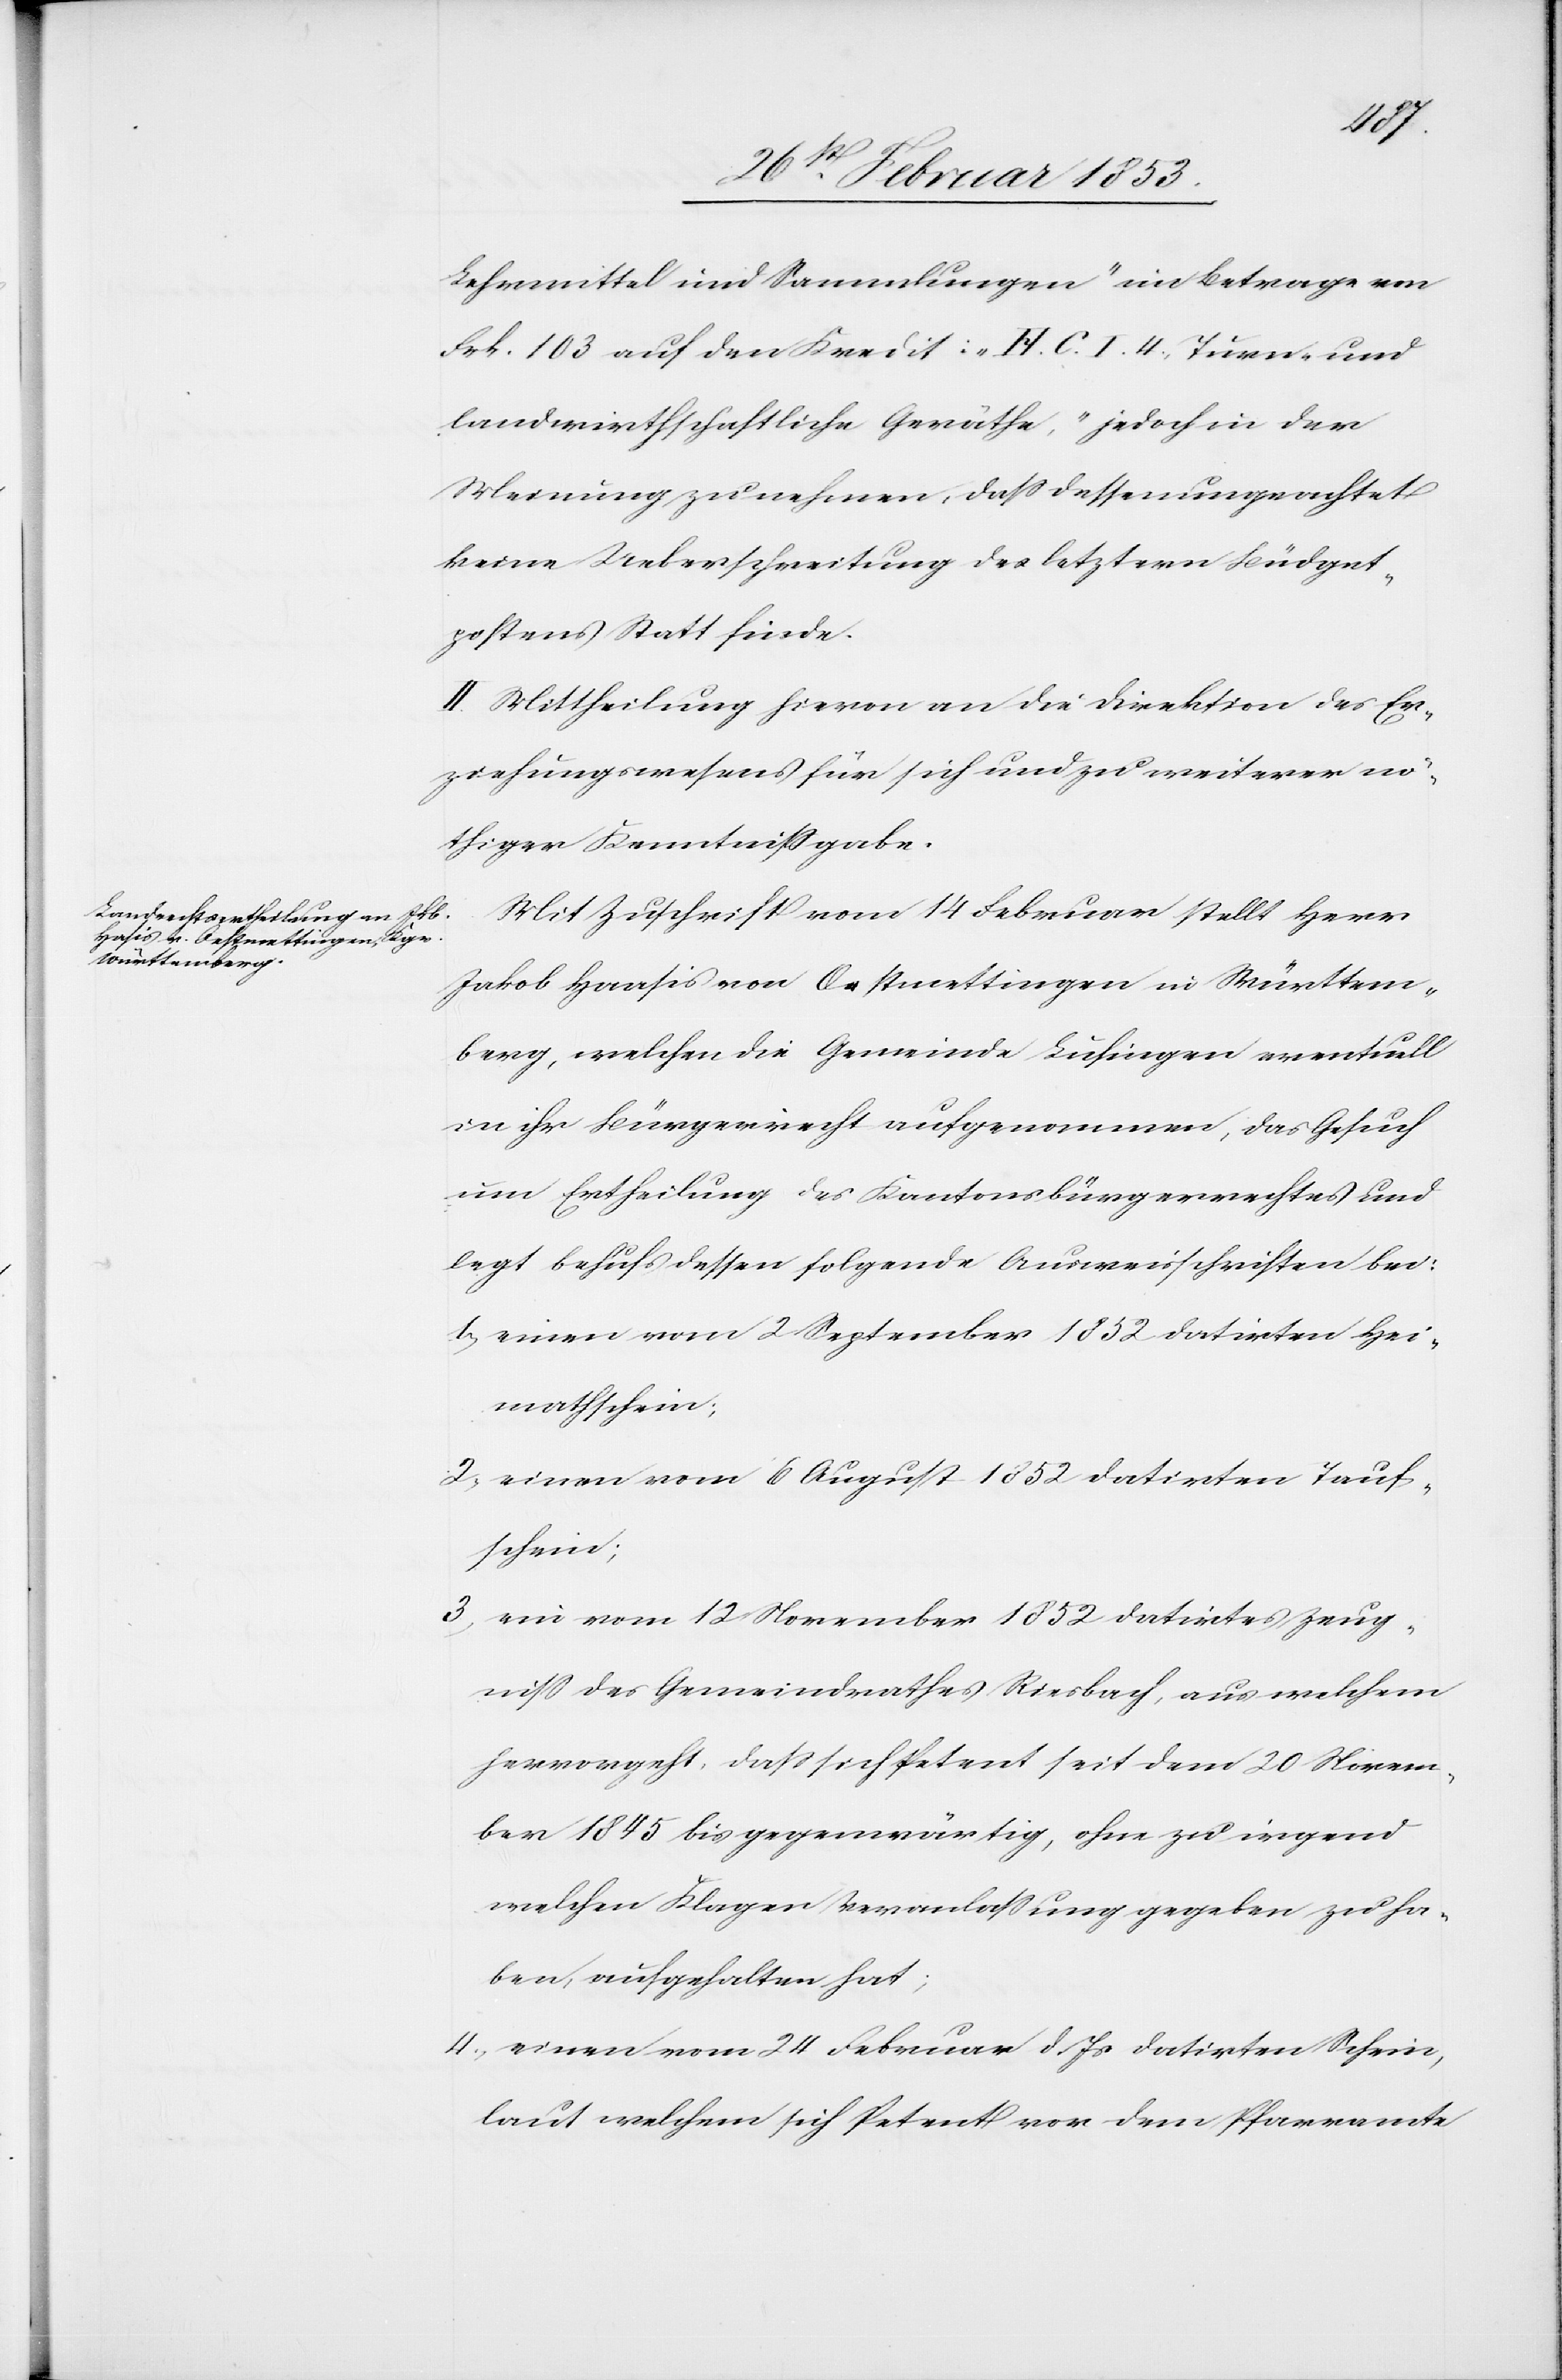
Lehrmittel und Sammlungen“ im Betrage von
Frk. 103 auf den Kredit: “H. C. I. 4. Turn- und
landwirthschaftliche Geräthe“, jedoch in der
Meinung zu nehmen, daß dessen ungeachtet
keine Ueberschreitung des letztern Büdget¬
postens Statt finde.
II. Mittheilung hievon an die Direktion des Er¬
ziehungswesens für sich und zu weiterer nö¬
thiger Kenntnißgabe.
Mit Zuschrift vom 14 Februar stellt Herr
Jakob Haasis von Oestmettingen in Württem¬
berg, welchen die Gemeinde Luchsingen eventuell
in ihr Bürgerrecht aufgenommen, das Gesuch
um Ertheilung des Kantonsbürgerrechtes und
legt behufs dessen folgende Ausweisschriften bei:
1, einen vom 2 September 1852 datirten Hei¬
mathschein;
2, einen vom 6 August 1852 datirten Tauf¬
schein;
3, ein vom 12 November 1852 datirtes Zeug¬
niß des Gemeindrathes Riesbach, aus welchem
hervorgeht, daß sich Petent seit dem 20 Novem¬
ber 1845 bis gegenwärtig, ohne zu irgend¬
welchen Klagen Veranlaßung gegeben zu ha¬
ben, aufgehalten hat;
4, einen vom 24 Februar d. Js. datirten Schein,
laut welchem sich Petent vor dem Pfarramte